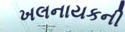
ખલનાયકની